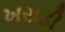
ખરાડી